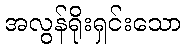
အလွန်ရိုးရှင်းသော